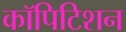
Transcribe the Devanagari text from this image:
कॉपिटिशन